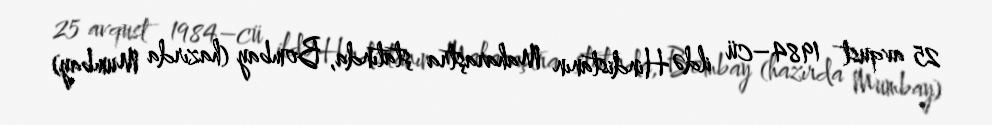
25 avqust 1984–cü ildə Hindistanın Maharaştra ştatında, Bombay (hazırda Mumbay)